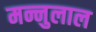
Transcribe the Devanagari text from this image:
मन्नुलाल